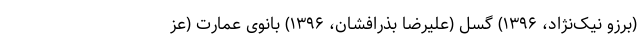
(برزو نیک‌نژاد، ۱۳۹۶) گسل (علیرضا بذرافشان، ۱۳۹۶) بانوی عمارت (عز